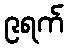
၉ရက်